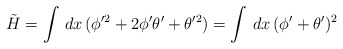
\begin{align*}\tilde{H}=\int\,dx\,(\phi'^2+2\phi'\theta'+\theta'^2)=\int\,dx\,(\phi'+\theta')^2\end{align*}